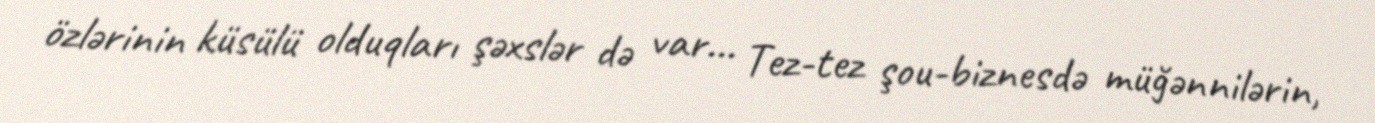
özlərinin küsülü olduqları şəxslər də var... Tez-tez şou-biznesdə müğənnilərin,